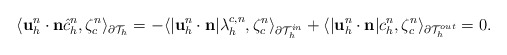
\begin{align*}\begin{aligned}\langle\mathbf{u}_h^{n}\cdot\mathbf{n}\hat{c}_h^{n},\zeta^{n}_c\rangle_{\partial\mathcal{T}_h}=-\langle|\mathbf{u}_h^{n}\cdot\mathbf{n}|\lambda_h^{c,{n}},\zeta^{n}_c\rangle_{\partial\mathcal{T}_h^{in}}+\langle|\mathbf{u}_h^{n}\cdot\mathbf{n}|c_h^{n},\zeta^{n}_c\rangle_{\partial\mathcal{T}_h^{out}}=0.\end{aligned}\end{align*}